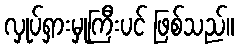
လှုပ်ရှားမှုကြီးပင် ဖြစ်သည်။